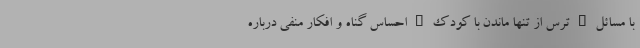
با مسائل • ترس از تنها ماندن با کودک • احساس گناه و افکار منفی درباره